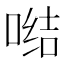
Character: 𭉗